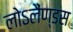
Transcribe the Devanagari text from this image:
लोऽलैंण्डस